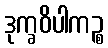
ဒုက္ခဝိပါကဉ္စ